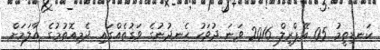
ކަނޑިތީމު 05 އޭޕްރީލް 2016 ވަނަ ދުވަހު ހެނދުނުގެ ވަގުތެއްގައި ދެމިއޮތުމުގެ އާލަމަށް